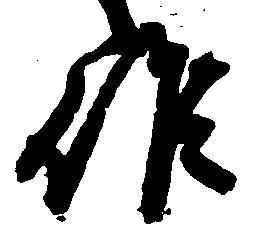
候